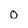
Character: 0